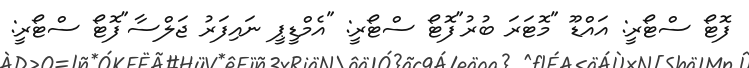
ފޮޓޯ ސްޓޯރީ: އައްޑޫ "މޮޓަރަ ބުރު"ފޮޓޯ ސްޓޯރީ: "އެމްޑީޕީ ނައިފަރު ޖަލްސާ"ފޮޓޯ ސްޓޯރީ: